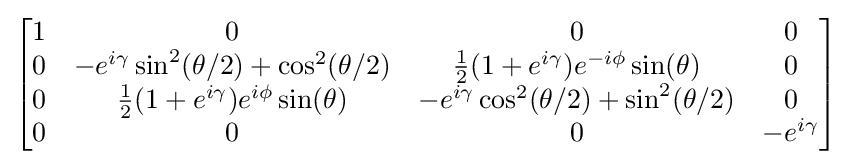
{\begin{bmatrix}1&0&0&0\\0&-e^{i\gamma }\sin ^{2}(\theta /2)+\cos ^{2}(\theta /2)&{\frac {1}{2}}(1+e^{i\gamma })e^{-i\phi }\sin(\theta )&0\\0&{\frac {1}{2}}(1+e^{i\gamma })e^{i\phi }\sin(\theta )&-e^{i\gamma }\cos ^{2}(\theta /2)+\sin ^{2}(\theta /2)&0\\0&0&0&\mathrm {-} e^{i\gamma }\end{bmatrix}}